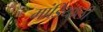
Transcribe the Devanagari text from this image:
मांडियाली